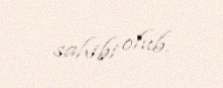
sahibi olub.